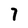
Character: 7